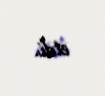
etdi.